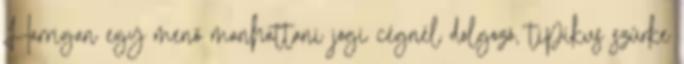
Harrigan egy menő manhattani jogi cégnél dolgozó, tipikus szürke